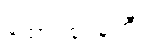
ထောင်စုဝန်ကြီး